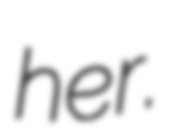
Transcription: her.